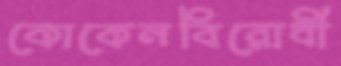
কোকেনবিরোধী